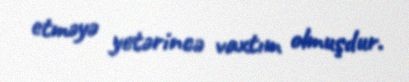
etməyə yetərincə vaxtım olmuşdur.